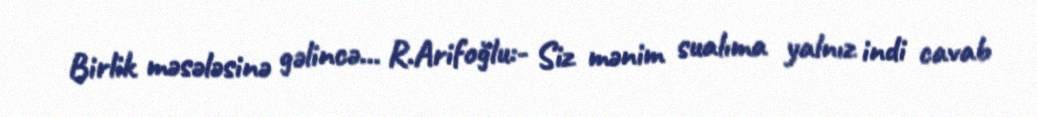
Birlik məsələsinə gəlincə... R.Arifoğlu:- Siz mənim sualıma yalnız indi cavab